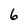
Character: 6